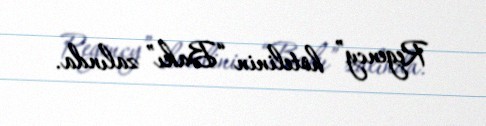
Regency” hotelinin “Bakı” zalında.